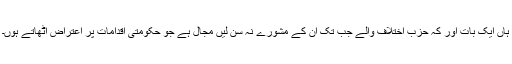
ہاں ایک بات اور کہ حزبِ اختلاف والے جب تک اِن کے مشورے نہ سُن لیں مجال ہے جو حکومتی اقدامات پر اعتراض اُٹھاتے ہوں۔